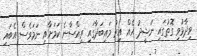
ވިދާޅުވި ގޮތުގައި ނަޝީދު އެއް އިރު މައިބަދާގައި ރިއްސާނެ ކަމަށާއި ނަމަވެސް އެބައި